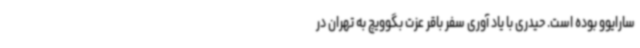
سارایوو بوده است. حیدری با یاد آوری سفر باقر عزت بگوویچ به تهران در